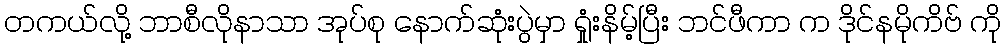
တကယ်လို့ ဘာစီလိုနာသာ အုပ်စု နောက်ဆုံးပွဲမှာ ရှုံးနိမ့်ပြီး ဘင်ဖီကာ က ဒိုင်နမိုကိဗ် ကို